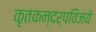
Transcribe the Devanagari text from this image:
कृतकन्दर्पविजये